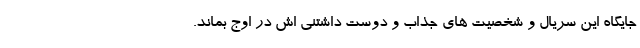
جایگاه این سریال و شخصیت های جذاب و دوست داشتنی اش در اوج بماند.